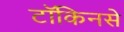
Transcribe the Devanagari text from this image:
टॉकिनसे